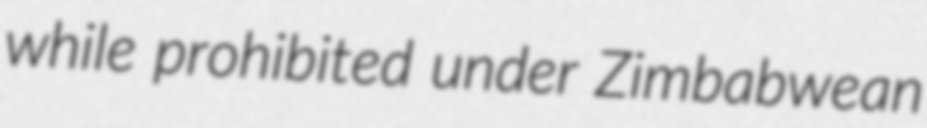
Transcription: while prohibited under Zimbabwean